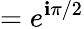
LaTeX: =e^{\mathbf{i}\pi/2}